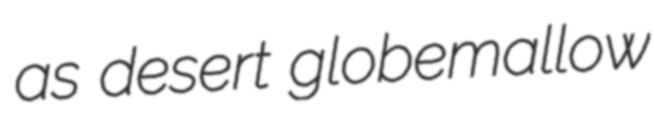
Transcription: as desert globemallow